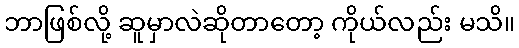
ဘာဖြစ်လို့ ဆူမှာလဲဆိုတာတော့ ကိုယ်လည်း မသိ။